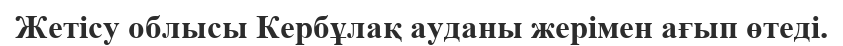
Жетісу облысы Кербұлақ ауданы жерімен ағып өтеді.